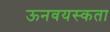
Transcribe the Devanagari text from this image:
ऊनवयस्कता